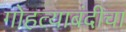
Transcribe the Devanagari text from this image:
गोहत्याबंदीचा